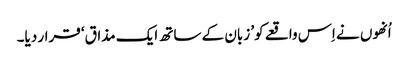
اُنھوں نے اِس واقعے کو’ زبان کے ساتھ ایک مذاق‘ قرار دیا۔